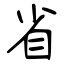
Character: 省